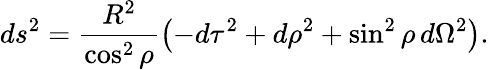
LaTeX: ds^{2}=\frac{R^{2}}{\cos^{2}{\rho}}\left(-d\tau^{2}+d\rho^{2}+\sin^{2}{\rho}\, d\Omega^{2}\right).